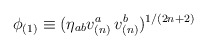
\begin{align*}\phi _{(1)}\equiv (\eta _{ab}v_{(n)}^{a}\,v_{(n)}^{b})^{1/(2n+2)}\end{align*}